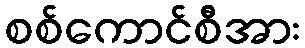
စစ်ကောင်စီအား